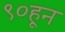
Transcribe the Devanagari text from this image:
९०हून